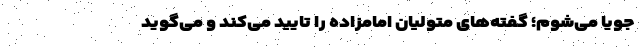
جویا می‌شوم؛ گفته‌های متولیان امامزاده را تایید می‌کند و می‌گوید